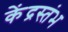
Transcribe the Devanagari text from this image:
केंद्रस्तंभ